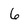
Character: 6